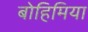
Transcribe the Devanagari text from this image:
बोहिमिया